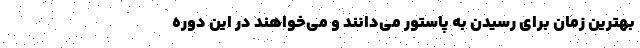
بهترین زمان برای رسیدن به پاستور می‌دانند و می‌خواهند در این دوره